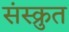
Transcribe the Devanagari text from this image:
संस्क्रुत